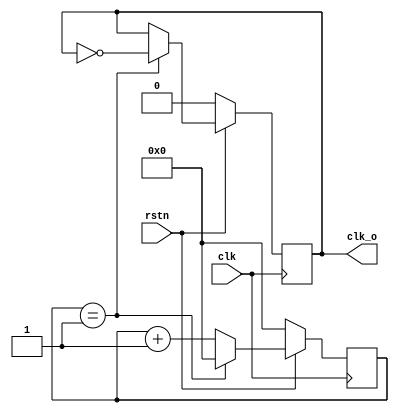
module clock_divider (
    input  wire        clk,        
    input  wire        rstn,       
    output reg         clk_o       
);
parameter DV = 4;
reg   clk_rg        ;              
reg   [3:0] count  ;              
always @(posedge clk) begin
   if (rstn == 1'b0) begin 
         clk_rg <= 1'b0;
         count  <= 4'h0;
      end else begin    
         if (count == (DV/2)-1) begin
            count  <= 4'h0;
            clk_rg <= ~clk_rg;
         end else begin
            count  <= count + 4'h1;
     end                     
      end
end
assign clk_o = clk_rg;  //Clock out
endmodule